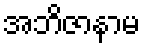
အဘိဇာနာမ